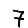
Digit: 7